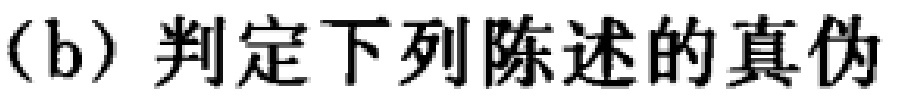
(b) 判定下列陈述的真伪